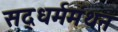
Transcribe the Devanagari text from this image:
सद्‌धर्ममंथन